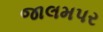
જાલમપર